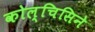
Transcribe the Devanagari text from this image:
कोल्चिसिने